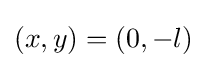
(x,y)=(0,-l)